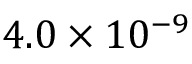
4 . 0 \times 1 0 ^ { - 9 }